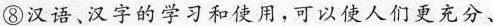
⑧ 汉语、汉字的学习和使用，可以使人们更充分。